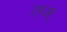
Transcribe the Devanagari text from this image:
तज्